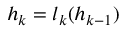
h _ { k } = l _ { k } ( h _ { k - 1 } )